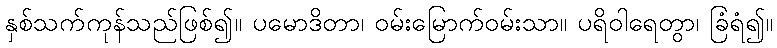
နှစ်သက်ကုန်သည်ဖြစ်၍။ ပမောဒိတာ၊ ဝမ်းမြောက်ဝမ်းသာ။ ပရိဝါရေတွာ၊ ခြံရံ၍။